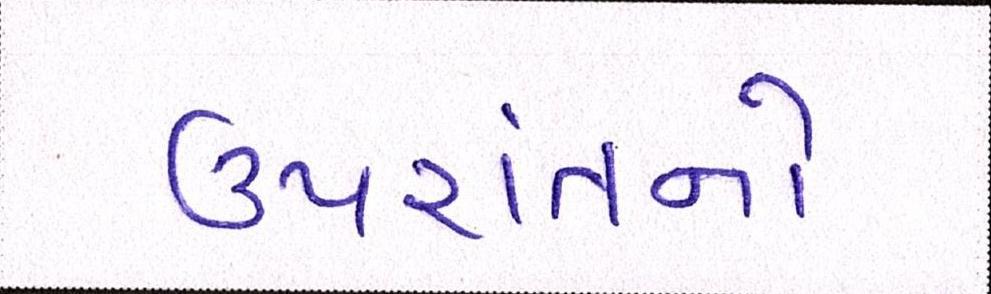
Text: ઉપરાંતનો